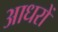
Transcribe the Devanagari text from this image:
आधरों